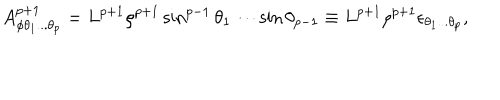
A _ { \phi \theta _ { 1 } . . . \theta _ { p } } ^ { p + 1 } = L ^ { p + 1 } \rho ^ { p + 1 } \sin ^ { p - 1 } \theta _ { 1 } \cdots \sin \theta _ { p - 1 } \equiv L ^ { p + 1 } \rho ^ { p + 1 } \epsilon _ { \theta _ { 1 } . . . \theta _ { p } } ,